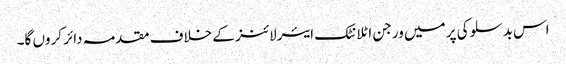
اس بدسلوکی پر میں ورجن اٹلانٹک ایئرلائنز کے خلاف مقدمہ دائر کروں گا۔